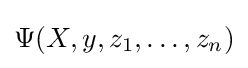
\Psi (X,y,z_{1},\ldots ,z_{n})